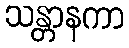
သန္တာနကာ